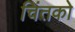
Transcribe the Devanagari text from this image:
चिंतको